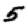
Digit: 5